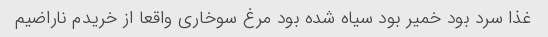
غذا سرد بود خمیر بود سیاه شده بود مرغ سوخاری واقعا از خریدم ناراضیم